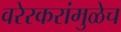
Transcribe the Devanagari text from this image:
वरेरकरांमुळेच